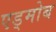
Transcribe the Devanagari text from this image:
एड्मोब